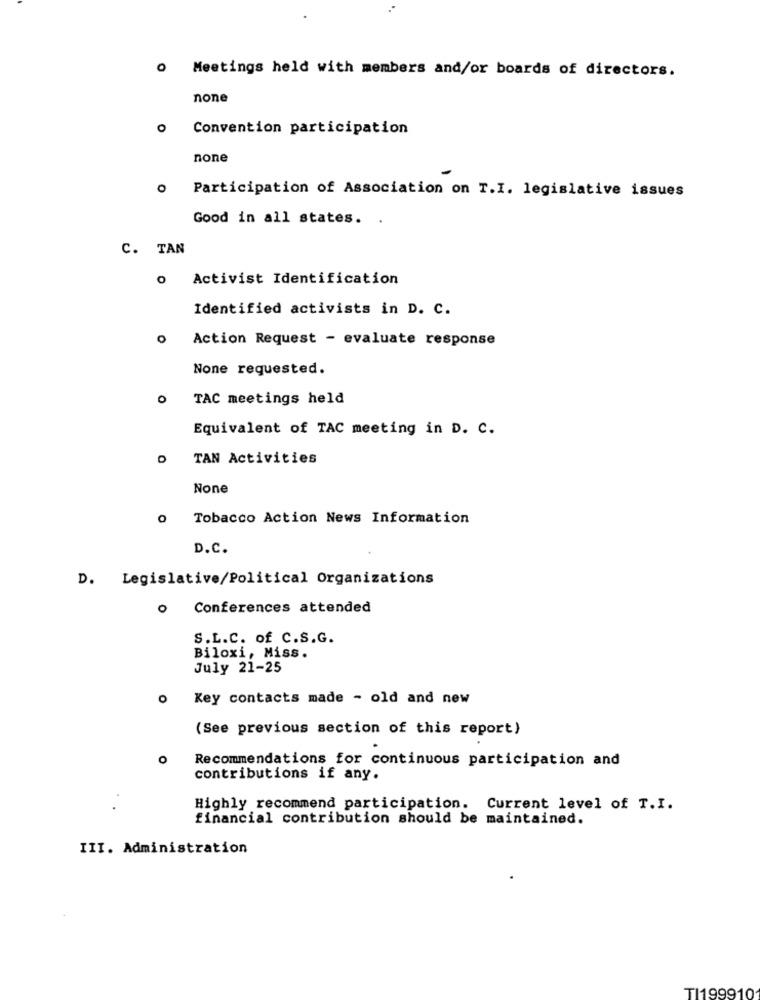
0 Meetings held with members and/or boards of directors.
none
O
Convention participation
none
Participation of Association on T.I. legislative issues
Good in all states. .
C. TAN
Activist Identification
Identified activists in D. C.
Action Request - evaluate response
None requested.
0
TAC meetings held
Equivalent of TAC meeting in D. C.
TAN Activities
o Tobacco Action News Information
D.C.
D. Legislative/Political Organizations
Conferences attended
S.L.C. of C.S.G.
Biloxi, Miss.
July 21-25
O
Key contacts made - old and new
(See previous section of this report)
O
Recommendations for continuous participation and
contributions if any.
Highly recommend participation. Current level of T.I.
financial contribution should be maintained.
III. Administration
TI199910